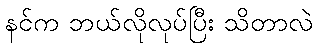
နင်က ဘယ်လိုလုပ်ပြီး သိတာလဲ